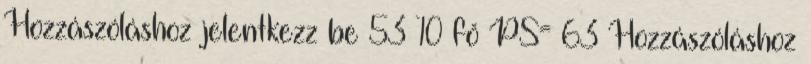
Hozzászóláshoz jelentkezz be 53 10 fő PS= 63 Hozzászóláshoz